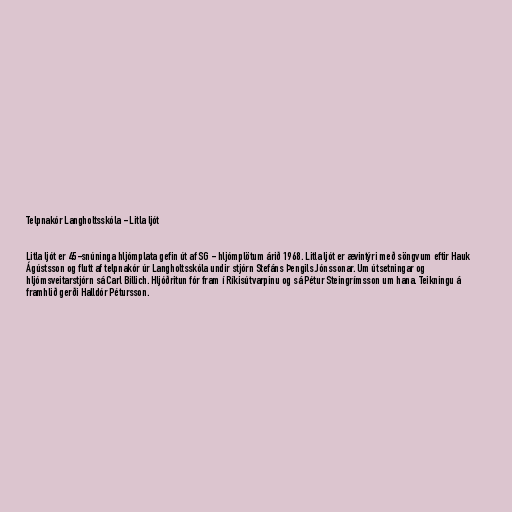
Telpnakór Langholtsskóla - Litla ljót

Litla ljót er 45-snúninga hljómplata gefin út af SG - hljómplötum árið 1968. Litla ljót er ævintýri með söngvum eftir Hauk
Ágústsson og flutt af telpnakór úr Langholtsskóla undir stjórn Stefáns Þengils Jónssonar. Um útsetningar og
hljómsveitarstjórn sá Carl Billich. Hljóðritun fór fram í Ríkisútvarpinu og sá Pétur Steingrímsson um hana. Teikningu á
framhlið gerði Halldór Pétursson.